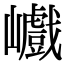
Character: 巇